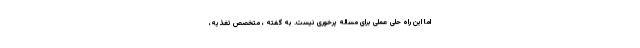
اما این راه حلی عملی برای مساله پرخوری نیست. به گفته ، متخصص تغذیه،